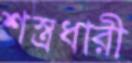
শস্ত্রধারী